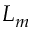
L _ { m }